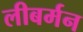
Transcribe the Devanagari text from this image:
लीबर्मन